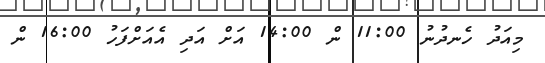
މިއަދު ހެނދުނު 11:00 ން 14:00 އަށް އަދި އެއަށްފަހު 16:00 ން